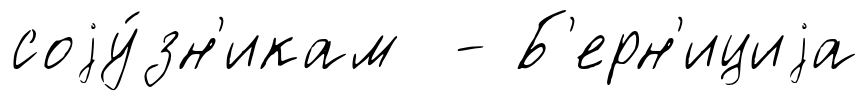
соjу́зн'икам - Б'ерн'ициjа